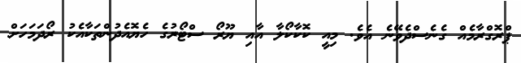
ޕްރޮގްރާމެއް ގެނެސްދެވޭނެ އެވެ. މިއީ ކޮކާކޯލާ އާއި ޔޫރޯ ސްޓޯރުގެ ހެޔޮއެދުންތަކާއެކު ރޯދަމަހަށް